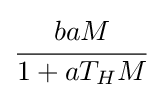
{\cfrac {baM}{1+aT_{H}M}}